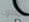
أنطون